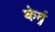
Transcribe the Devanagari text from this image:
केद्रं